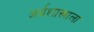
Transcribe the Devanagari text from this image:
अर्थशास्त्राला